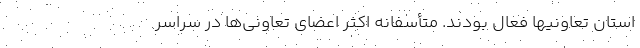
استان تعاونیها فعال بودند. متأسفانه اکثر اعضای تعاونی‌ها در سراسر